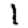
Digit: 1